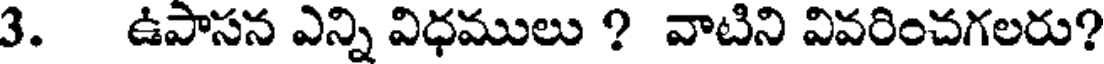
3. ఉపాసన ఎన్ని విధములు ? వాటిని వివరించగలరు?